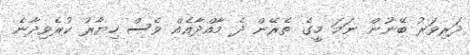
ދަރިވަރު ބޭނުން ނަމަ މީގެ ތެރޭން ދެ މާއްދާއެއް ވެސް ހިޔާރު ކުރެވިދާނެ